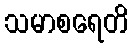
သမာစရေတိ